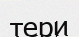
тери